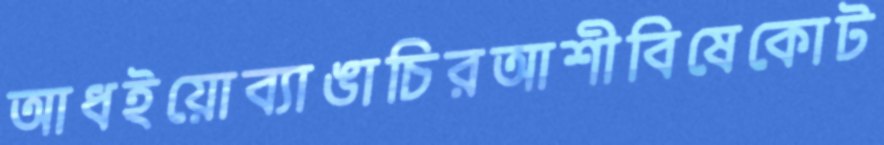
আধইয়োব্যাঙাচিরআশীবিষেকোট